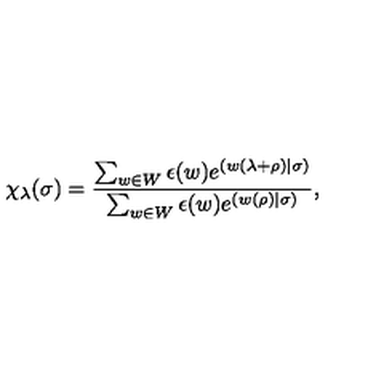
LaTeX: \chi _ { \lambda } ( \sigma ) = \frac { \sum _ { w \in W } \epsilon ( w ) e ^ { ( w ( \lambda + \rho ) | \sigma ) } } { \sum _ { w \in W } \epsilon ( w ) e ^ { ( w ( \rho ) | \sigma ) } } ,